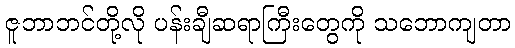
ဇူဘာဘင်တို့လို ပန်းချီဆရာကြီးတွေကို သဘောကျတာ